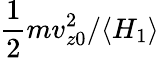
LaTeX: \frac{1}{2}mv_{z0}^{2}/\langle H_{1}\rangle